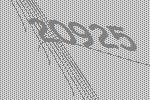
20925